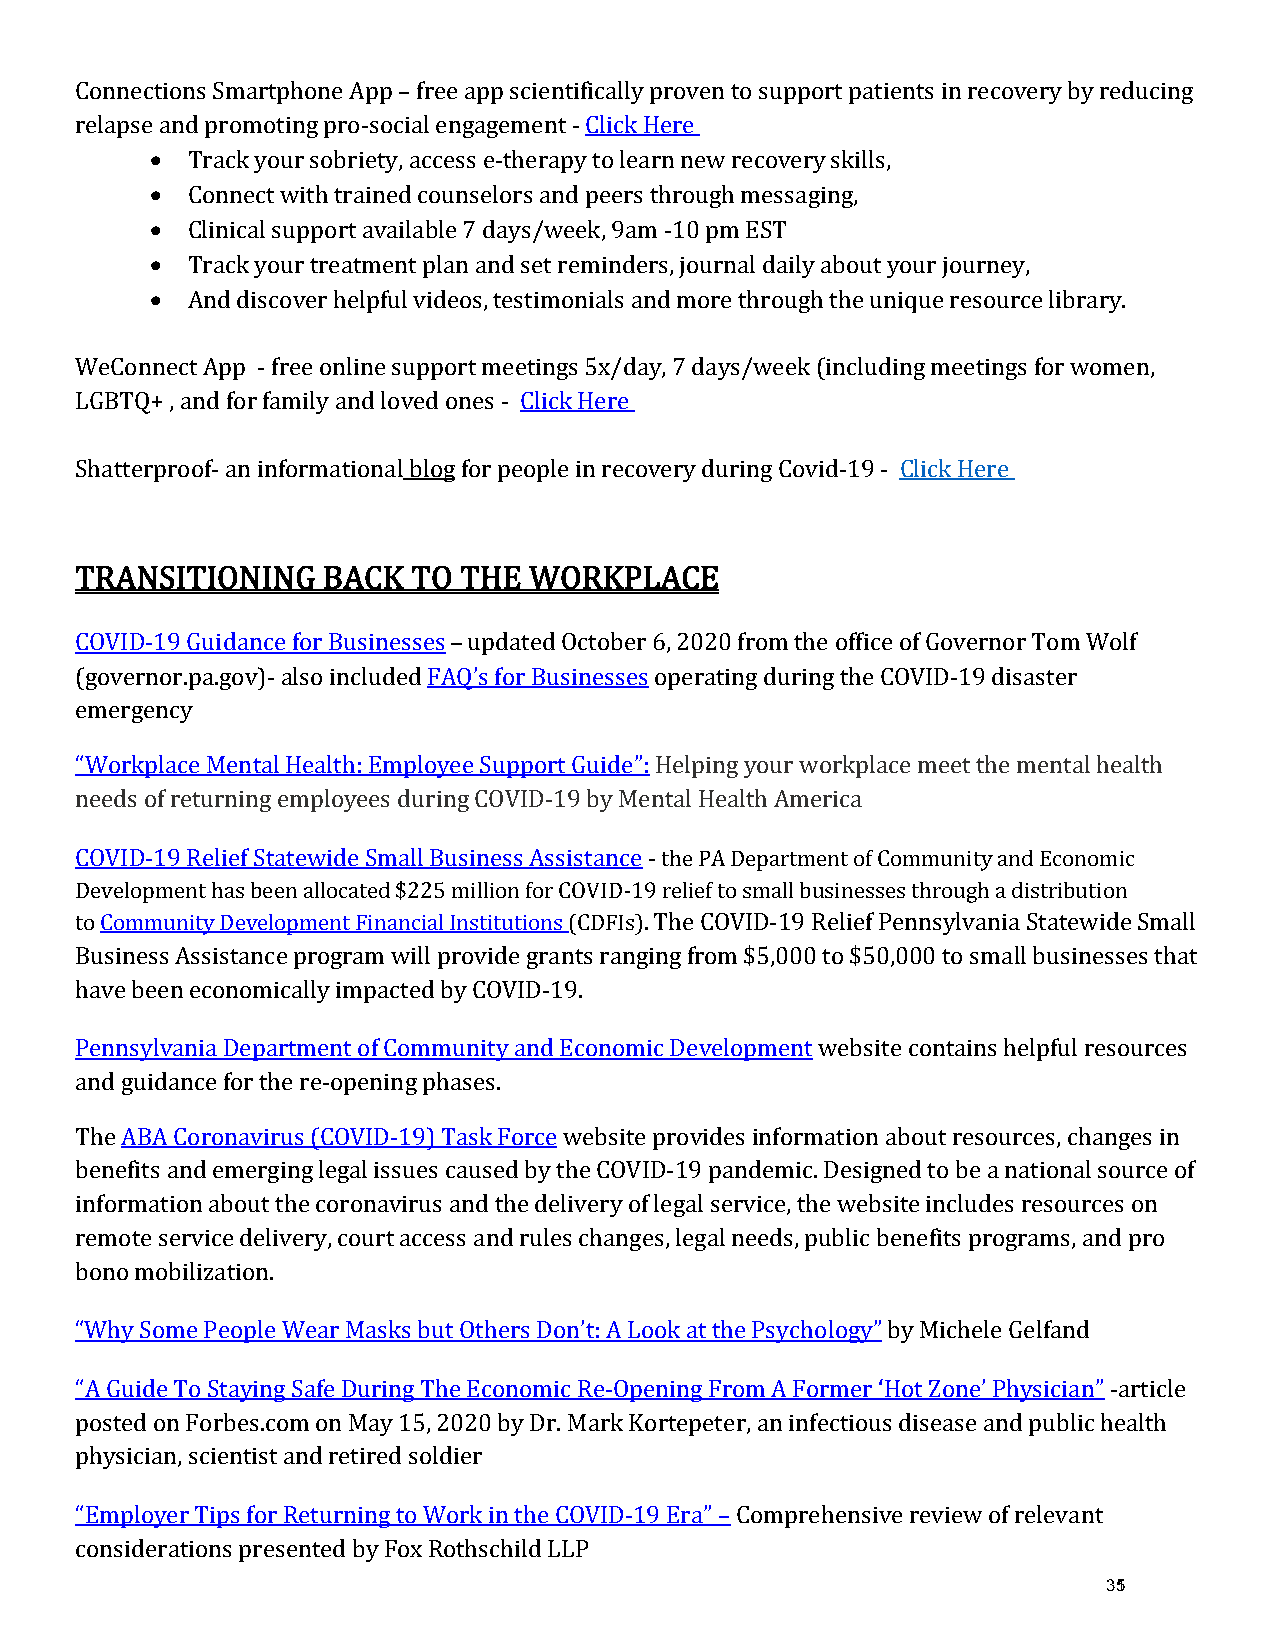
Connections Smartphone App – free app scientifically proven to support patients in recovery by reducing
 •
 relapse and promoting pro-social engagement - Click Here
 •
 Track your sobriety, access e-therapy to learn new recovery skills,
 •
 Connect with trained counselors and peers through messaging,
 •
 Clinical support available 7 days/week, 9am -10 pm EST
 •
 Track your treatment plan and set reminders, journal daily about your journey,
 And discover helpful videos, testimonials and more through the unique resource library.
 WeConnect App - free online support meetings 5x/day, 7 days/week (including meetings for women,
 LGBTQ+ , and for family and loved ones - Click Here
 Shatterproof- an informational blog for people in recovery during Covid-19 - Click Here
 TRANSITIONING   BACK  TO – T HE WORKPLACE
 COVID-19 Guidance for Businesses updated October 6, 2020 from the office of Governor Tom Wolf
 (governor.pa.gov)- also included FAQ’s for Businesses operating during the COVID-19 disaster
 emergency
 “Workplace Mental Health: Employee Support Guide”: Helping your workplace meet the mental health
 needs of returning employees during COVID-19 by Mental Health America
 COVID-19 Relief Statewide Small Business Assistance - the PA Department of Community and Economic
 Development has been allocated $225 million for COVID-19 relief to small businesses through a distribution
 to Community Development Financial Institutions (CDFIs). The COVID-19 Relief Pennsylvania Statewide Small
 Business Assistance program will provide grants ranging from $5,000 to $50,000 to small businesses that
 have been economically impacted by COVID-19.
 Pennsylvania Department of Community and Economic Development website contains helpful resources
 and guidance for the re-opening phases.
 The ABA Coronavirus (COVID-19) Task Force website provides information about resources, changes in
 benefits and emerging legal issues caused by the COVID-19 pandemic. Designed to be a national source of
 information about the coronavirus and the delivery of legal service, the website includes resources on
 remote service delivery, court access and rules changes, legal needs, public benefits programs, and pro
 bono mobilization.
 “Why Some People Wear Masks but Others Don’t: A Look at the Psychology” by Michele Gelfand
 “A Guide To Staying Safe During The Economic Re-Opening From A Former ‘Hot Zone’ Physician” -article
 posted on Forbes.com on May 15, 2020 by Dr. Mark Kortepeter, an infectious disease and public health
 physician, scientist and retired soldier
 “Employer Tips for Returning to Work in the COVID-19 Era” – Comprehensive review of relevant
 351
 considerations presented by Fox Rothschild LLP